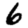
Digit: 6